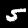
Label: 5